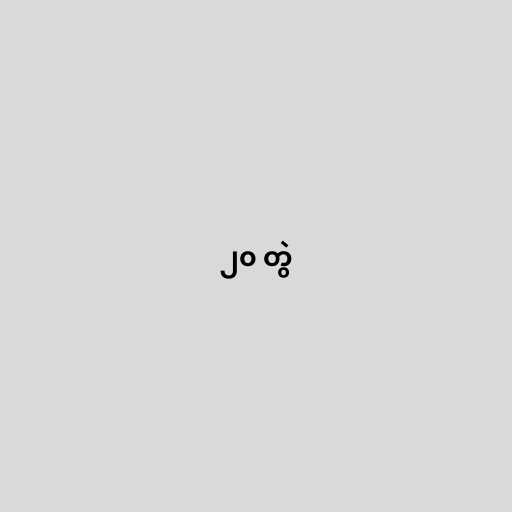
၂၀ တွဲ